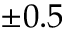
\pm 0 . 5